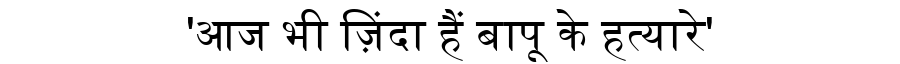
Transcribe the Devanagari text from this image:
'आज भी ज़िंदा हैं बापू के हत्यारे'